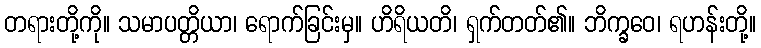
တရားတို့ကို။ သမာပတ္တိယာ၊ ရောက်ခြင်းမှ။ ဟိရိယတိ၊ ရှက်တတ်၏။ ဘိက္ခဝေ၊ ရဟန်းတို့။